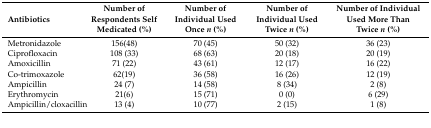
| Antibiotics | Number of Respondents Self Medicated (%) | Number of Individual Used Once n (%) | Number of Individual Used Twice n (%) | Number of Individual Used More Than Twice n (%) |
 | --- | --- | --- | --- | --- |
 | Metronidazole | 156(48) | 70 (45) | 50 (32) | 36 (23) |
 | Ciprofloxacin | 108 (33) | 68 (63) | 20 (18) | 20 (19) |
 | Amoxicillin | 71 (22) | 43 (61) | 12 (17) | 16 (22) |
 | Co-trimoxazole | 62(19) | 36 (58) | 16 (26) | 12 (19) |
 | Ampicillin | 24 (7) | 14 (58) | 8 (34) | 2 (8) |
 | Erythromycin | 21(6) | 15 (71) | 0 (0) | 6 (29) |
 | Ampicillin/cloxacillin | 13 (4) | 10 (77) | 2 (15) | 1 (8) |